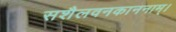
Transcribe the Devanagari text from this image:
सशैलवनकाननाम्।